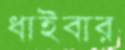
ধাইবার